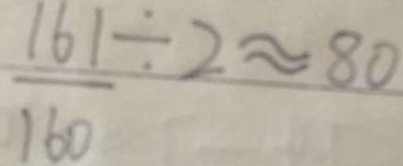
\frac { 1 6 1 } { 1 6 0 } \div 2 \approx 8 0